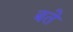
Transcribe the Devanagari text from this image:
बते